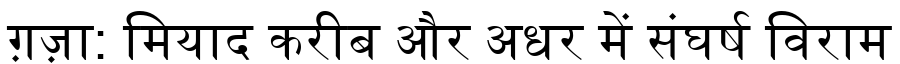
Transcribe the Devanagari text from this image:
ग़ज़ा: मियाद करीब और अधर में संघर्ष विराम